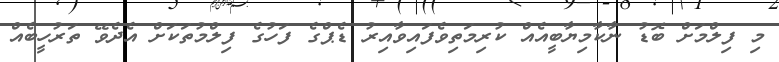
މި ފިލްމަށް ބޮޑު ނާކާމިޔާބީއެއް ކުރިމަތިވެފައިވާއިރު ޑެޕްގެ ފަހުގެ ފިލްމުތަކަށް އެދެވޭ ތަރުހީބެއް